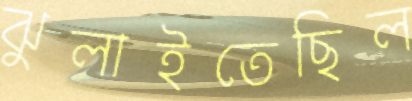
ঝুলাইতেছিল